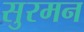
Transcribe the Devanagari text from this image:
सुरमन